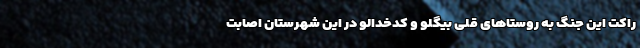
راکت این جنگ به روستاهای قلی بیگلو و کدخدالو در این شهرستان اصابت